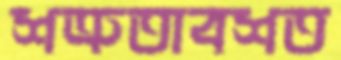
শত্রুতাবশত